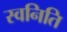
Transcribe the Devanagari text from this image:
स्वनिति